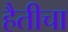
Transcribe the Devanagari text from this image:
हैतीचा